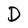
Character: D